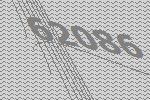
62086